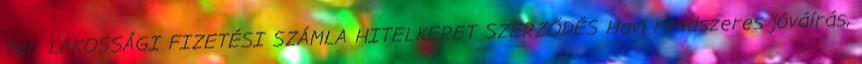
Tel.: LAKOSSÁGI FIZETÉSI SZÁMLA HITELKERET SZERZŐDÉS Havi rendszeres jóváírás,